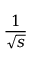
\frac { 1 } { \sqrt { s } }